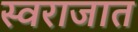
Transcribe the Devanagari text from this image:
स्वराजात